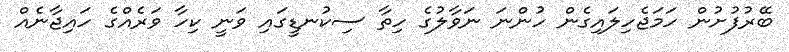
ބޭރުފުށުން ހަމަޖެހިލައިގެން ހުންނަ ނަވާލުގެ ހިތާ ސިކުނޑީގައި ވަނީ ކިހާ ވަރެއްގެ ހައިޖާނެއް